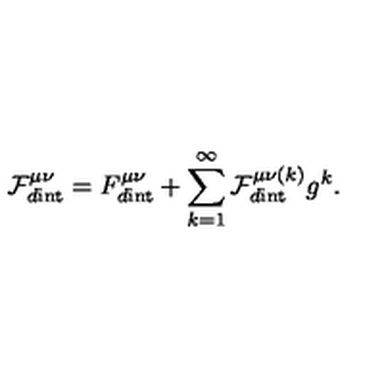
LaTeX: \mathcal { F } _ { d \mathrm { i n t } } ^ { \mu \nu } = F _ { d \mathrm { i n t } } ^ { \mu \nu } + \sum _ { k = 1 } ^ { \infty } \mathcal { F } _ { d \mathrm { i n t } } ^ { \mu \nu ( k ) } g ^ { k } .